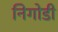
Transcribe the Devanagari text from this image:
निगोडी